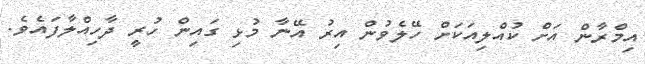
އިމްރާން އަށް ކުއްލިއަކަށް ހޭލެވުން އިރު އޭނާ މުޅި ގައިން ހުރީ ދާހިއްލާފައެވެ.